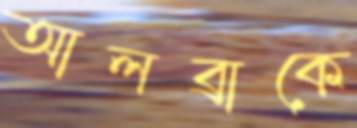
আলব্রাকে